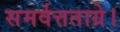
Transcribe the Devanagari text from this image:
समर्वत्तताग्रे।